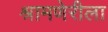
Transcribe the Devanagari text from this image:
श्रामणेरीला